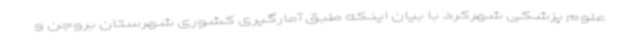
علوم پزشکی شهرکرد با بیان اینکه طبق آمارگیری کشوری شهرستان بروجن و